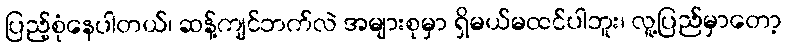
ပြည့်စုံနေပါတယ်၊ ဆန့်ကျင်ဘက်လဲ အများစုမှာ ရှိမယ်မထင်ပါဘူး၊ လူ့ပြည်မှာတော့